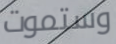
وستموت